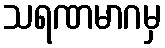
သရဏမာဂမှ